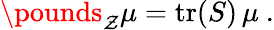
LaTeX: \pounds_{\mathcal{Z}}\mu={\mathrm{{tr}}}(S)\, \mu\ .